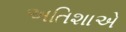
અતિશાએ